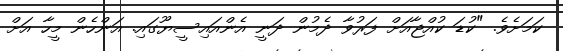
ކަމަށެވެ. "ކުޑަ ކުއްޖާއަށް ފަރުވާ ދެމުން ދަނީ އެންއައިސީޔޫގައި. އަންހެން މީހާ އަށް